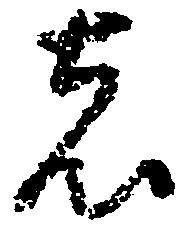
者